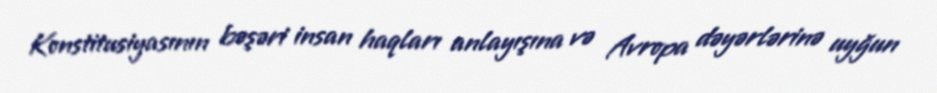
Konstitusiyasının bəşəri insan haqları anlayışına və Avropa dəyərlərinə uyğun